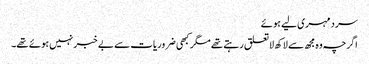
سرد مہری لیے ہوئے
اگرچہ وہ مجھ سے لاکھ لاتعلق رہتے تھے مگر کبھی ضروریات سے بے خبر نہیں ہوئے تھے۔